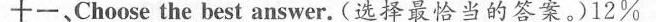
十一、Choose the best answer. (选择最恰当的答案)。12%